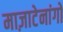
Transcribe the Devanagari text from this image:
माज़ाटेनांगो